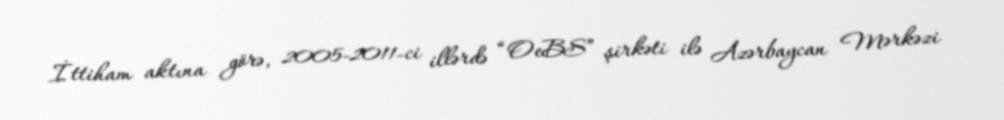
İttiham aktına görə, 2005-2011-ci illərdə “OeBS” şirkəti ilə Azərbaycan Mərkəzi